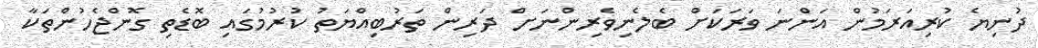
ދުނިޔެ ކުރިއަރަމުން އަންނަ ވަރަކަށް ބެލެނިވެރިންނަށް ދަރިން ތަރުބިއްޔަތު ކުރުމުގައި ބޮޑެތި ގޮންޖެހުންތަކާ